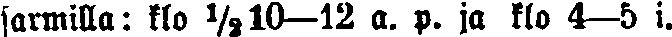
sarmilla: klo ½10—12 a. p. ja klo 4—5 i.